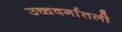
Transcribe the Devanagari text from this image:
उच्चवर्गातली